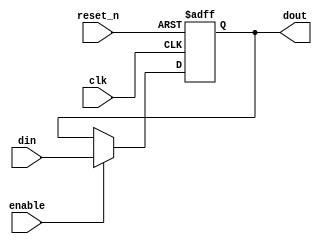
module output_register (
    input wire clk,           // Clock signal
    input wire reset_n,      // Active low asynchronous reset signal
    input wire enable,        // Enable signal for capturing data
    input wire [N-1:0] din,   // Data input from combinational logic
    output reg [N-1:0] dout   // Data output
);
    parameter N = 8; // Define the width of the register (adjust as needed)

    // Asynchronous reset and synchronous data capture
    always @(posedge clk or negedge reset_n) begin
        if (!reset_n) begin
            dout <= {N{1'b0}}; // Reset output to zero
        end else if (enable) begin
            dout <= din; // Capture data on clock edge if enabled
        end
        // If enable is low, dout retains its previous value
    end
endmodule